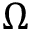
\Omega